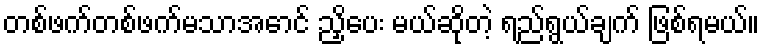
တစ်ဖက်တစ်ဖက်မသာအောင် ညှိပေး မယ်ဆိုတဲ့ ရည်ရွယ်ချက် ဖြစ်ရမယ်။